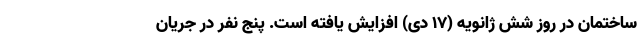
ساختمان در روز شش ژانویه (۱۷ دی) افزایش یافته است. پنج نفر در جریان